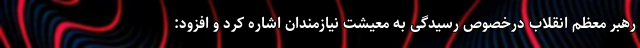
رهبر معظم انقلاب درخصوص رسیدگی به معیشت نیازمندان اشاره کرد و افزود: